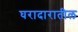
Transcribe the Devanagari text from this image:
घरादारातील